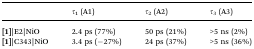
|  | τ1 (A1) | τ2 (A2) | τ3 (A3) |
 | --- | --- | --- | --- |
 | [1]|E2|NiO | 2.4 ps (77%) | 50 ps (21%) | >5 ns (2%) |
 | [1]|C343|NiO | 3.4 ps (–27%) | 24 ps (37%) | >5 ns (36%) |